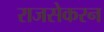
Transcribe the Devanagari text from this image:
राजसेकरन